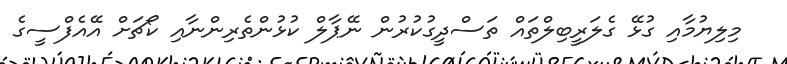
މިލިޔުމާއި ގުޅޭ ގެލަރީބިލްތައް ތަސްދީގުކުރުން ނޭޕާލް ކުޅުންތެރިންނާއި ކޯޗަށް އޭއެފްސީގެ